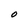
Character: O